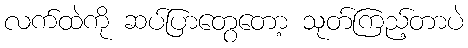
လက်ထဲကို ဆပ်ပြာတွေတော့ သုတ်ကြည့်တာပဲ